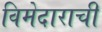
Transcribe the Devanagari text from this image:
विमेदाराची